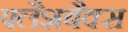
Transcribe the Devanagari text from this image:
फ्लैशबैक्स